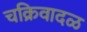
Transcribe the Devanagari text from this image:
चक्रिवादळ